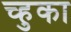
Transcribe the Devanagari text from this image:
च्हुका